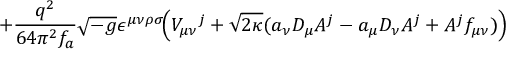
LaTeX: + \frac { q ^ { 2 } } { 6 4 \pi ^ { 2 } f _ { a } } \sqrt { - g } \epsilon ^ { \mu \nu \rho \sigma } \! \Big ( V _ { \mu \nu } { } ^ { j } + \sqrt { 2 \kappa } ( a _ { \nu } D _ { \mu } A ^ { j } - a _ { \mu } D _ { \nu } A ^ { j } + A ^ { j } f _ { \mu \nu } ) \Big )